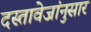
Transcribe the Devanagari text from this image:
दस्तावेजांनुसार